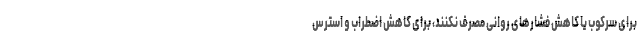
برای سرکوب یا کاهش فشارهای روانی مصرف نکنند، برای کاهش اضطراب و استرس